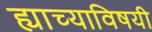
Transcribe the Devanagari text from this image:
ह्याच्याविषयी